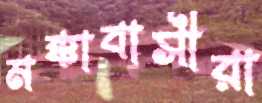
মক্কাবাসীরা